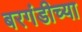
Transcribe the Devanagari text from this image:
बरगंडीच्या